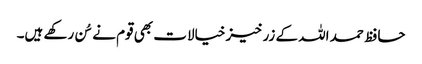
حافظ حمد اللہ کے زرخیز خیالات بھی قوم نے سُن رکھے ہیں۔